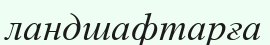
ландшафтарға